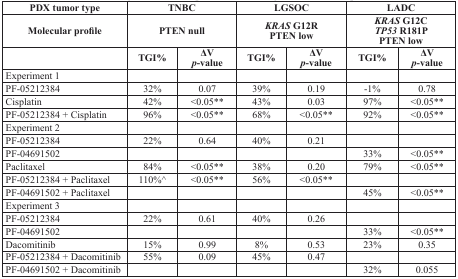
| PDX tumor type | <COLSPAN=2> TNBC | <COLSPAN=2> LGSOC | <COLSPAN=2> LADC |
 | Molecular profile | <COLSPAN=2> PTEN null | <COLSPAN=2> KRAS G12R PTEN low | <COLSPAN=2> KRAS G12C TP53 R181P PTEN low |
 |  | TGI% | ΔV p-value | TGI% | ΔV p-value | TGI% | ΔV p-value |
 | --- | --- | --- | --- | --- | --- | --- |
 | Experiment 1 |  |  |  |  |  |  |
 | PF-05212384 | 32% | 0.07 | 39% | 0.19 | -1% | 0.78 |
 | Cisplatin | 42% | <0.05** | 43% | 0.03 | 97% | <0.05** |
 | PF-05212384 + Cisplatin | 96% | <0.05** | 68% | <0.05** | 92% | <0.05** |
 | Experiment 2 |  |  |  |  |  |  |
 | PF-05212384 | 22% | 0.64 | 40% | 0.21 |  |  |
 | PF-04691502 |  |  |  |  | 33% | <0.05** |
 | Paclitaxel | 84% | <0.05** | 38% | 0.20 | 79% | <0.05** |
 | PF-05212384 + Paclitaxel | 110%^ | <0.05** | 56% | <0.05** |  |  |
 | PF-04691502 + Paclitaxel |  |  |  |  | 45% | <0.05** |
 | Experiment 3 |  |  |  |  |  |  |
 | PF-05212384 | 22% | 0.61 | 40% | 0.26 |  |  |
 | PF-04691502 |  |  |  |  | 33% | <0.05** |
 | Dacomitinib | 15% | 0.99 | 8% | 0.53 | 23% | 0.35 |
 | PF-05212384 + Dacomitinib | 55% | 0.09 | 45% | 0.47 |  |  |
 | PF-04691502 + Dacomitinib |  |  |  |  | 32% | 0.055 |